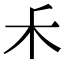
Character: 𥝌